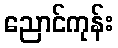
ညောင်ကုန်း